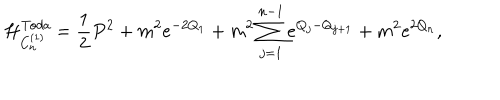
LaTeX: \mathcal { H } _ { C _ { n } ^ { ( 1 ) } } ^ { \mathit { T o d a } } = { \frac { 1 } { 2 } } P ^ { 2 } + m ^ { 2 } e ^ { - 2 Q _ { 1 } } + m ^ { 2 } \sum _ { j = 1 } ^ { n - 1 } e ^ { Q _ { j } - Q _ { j + 1 } } + m ^ { 2 } e ^ { 2 Q _ { n } } ,